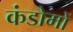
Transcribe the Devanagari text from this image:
कंडोमों